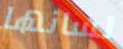
لسانها